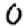
Digit: 0